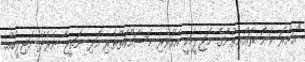
"އަށާރަ ވަނަ ރައްޔިތުންގެ މަޖިލީހަކީ އެކުވެރި މަސައްކަތްތެރި އަދި ނަތީޖާ ނެރެދޭ މަޖިލީހެއް.